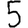
Digit: 5